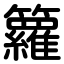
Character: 籮